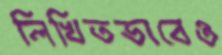
লিখিতভাবেও